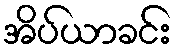
အိပ်ယာခင်း